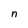
Character: n